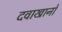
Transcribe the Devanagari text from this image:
दवाखानों